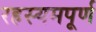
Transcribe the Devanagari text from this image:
रहस्यमपूर्ण